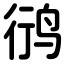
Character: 鸻